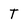
Character: T